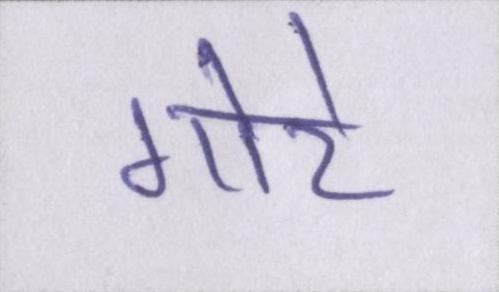
गोरे